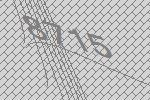
8715